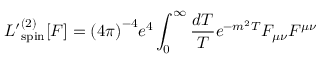
{ \cal L ^ { \prime } } _ { \mathrm { s p i n } } ^ { ( 2 ) } [ F ] = { ( 4 \pi ) } ^ { - 4 } e ^ { 4 } \int _ { 0 } ^ { \infty } { \frac { d T } { T } } e ^ { - m ^ { 2 } T } F _ { \mu \nu } F ^ { \mu \nu }